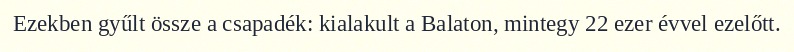
Ezekben gyűlt össze a csapadék: kialakult a Balaton, mintegy 22 ezer évvel ezelőtt.